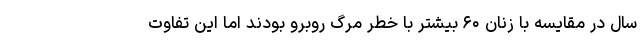
سال در مقایسه با زنان ۶۰ بیشتر با خطر مرگ روبرو بودند اما این تفاوت